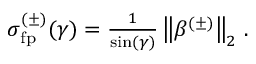
\begin{array} { r } { \sigma _ { \mathrm { f p } } ^ { ( \pm ) } ( \gamma ) = \frac { 1 } { \sin ( \gamma ) } \left\lVert \beta ^ { ( \pm ) } \right\rVert _ { 2 } \, . } \end{array}